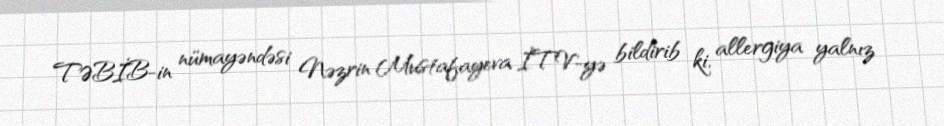
TƏBİB-in nümayəndəsi Nəzrin Mustafayeva İTV-yə bildirib ki, allergiya yalnız